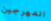
المهرجين